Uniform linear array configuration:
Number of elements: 64
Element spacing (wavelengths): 0.25
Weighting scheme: binomial
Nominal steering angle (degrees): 45
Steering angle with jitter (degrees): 43.836
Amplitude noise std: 0.05
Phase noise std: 0.05

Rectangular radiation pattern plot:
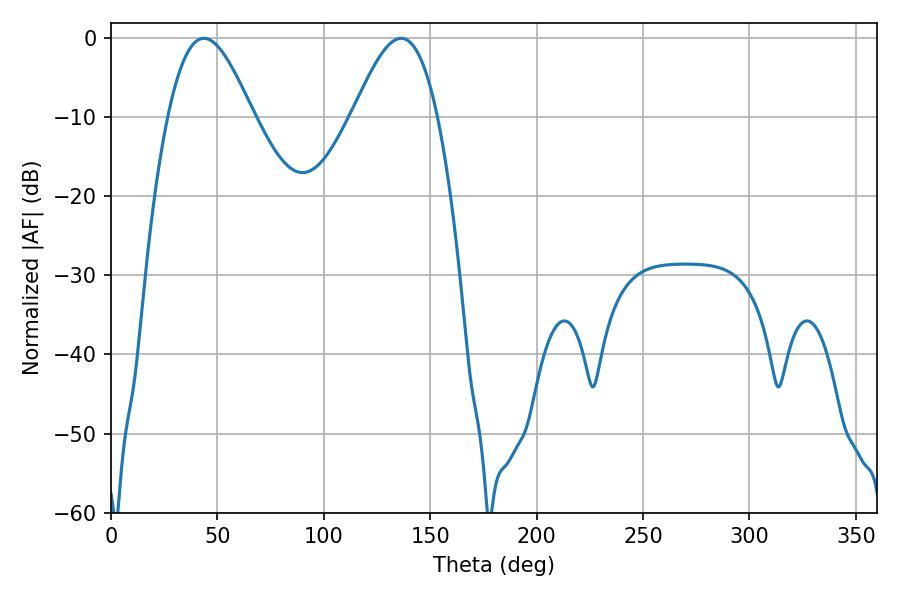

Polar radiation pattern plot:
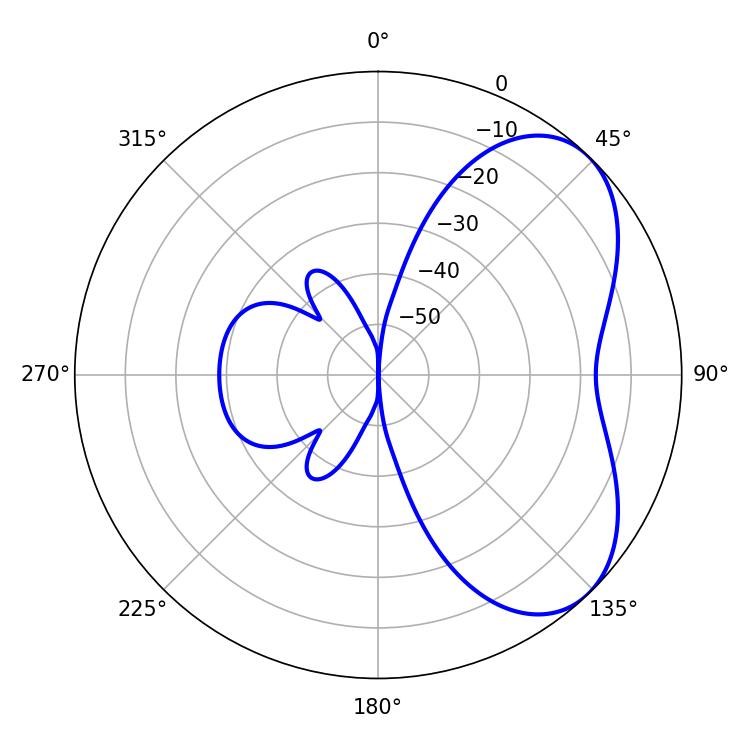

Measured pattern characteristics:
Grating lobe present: FALSE
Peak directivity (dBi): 5.286
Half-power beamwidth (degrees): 21.24
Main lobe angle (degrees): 43.74